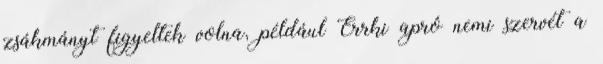
zsákmányt figyeltek volna, például Errki apró nemi szervét a